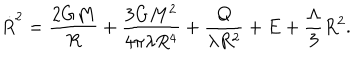
{ \dot { R } } ^ { 2 } = \frac { 2 G M } { R } + \frac { 3 G M ^ { 2 } } { 4 \pi \lambda R ^ { 4 } } + \frac { Q } { \lambda R ^ { 2 } } + E + \frac { \Lambda } { 3 } R ^ { 2 } .